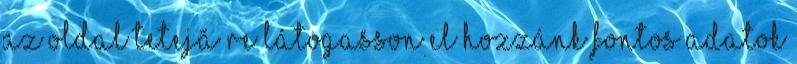
az oldal tetejÃ re Látogasson el hozzánk Fontos adatok